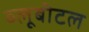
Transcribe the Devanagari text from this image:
ब्‍लूबीटल